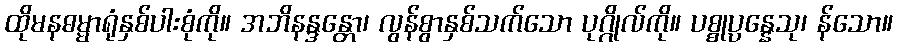
ထိုမနဓမ္မာရုံနှစ်ပါးစုံကို။ အဘိနန္ဒန္တော၊ လွန်စွာနှစ်သက်သော ပုဂ္ဂိုလ်ကို။ ပစ္စုပ္ပန္နေသု၊ န်သော။